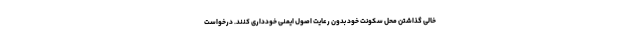
خالی گذاشتن محل سکونت خود بدون رعایت اصول ایمنی خودداری کنند. درخواست